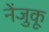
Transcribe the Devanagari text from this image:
नेंजुकू